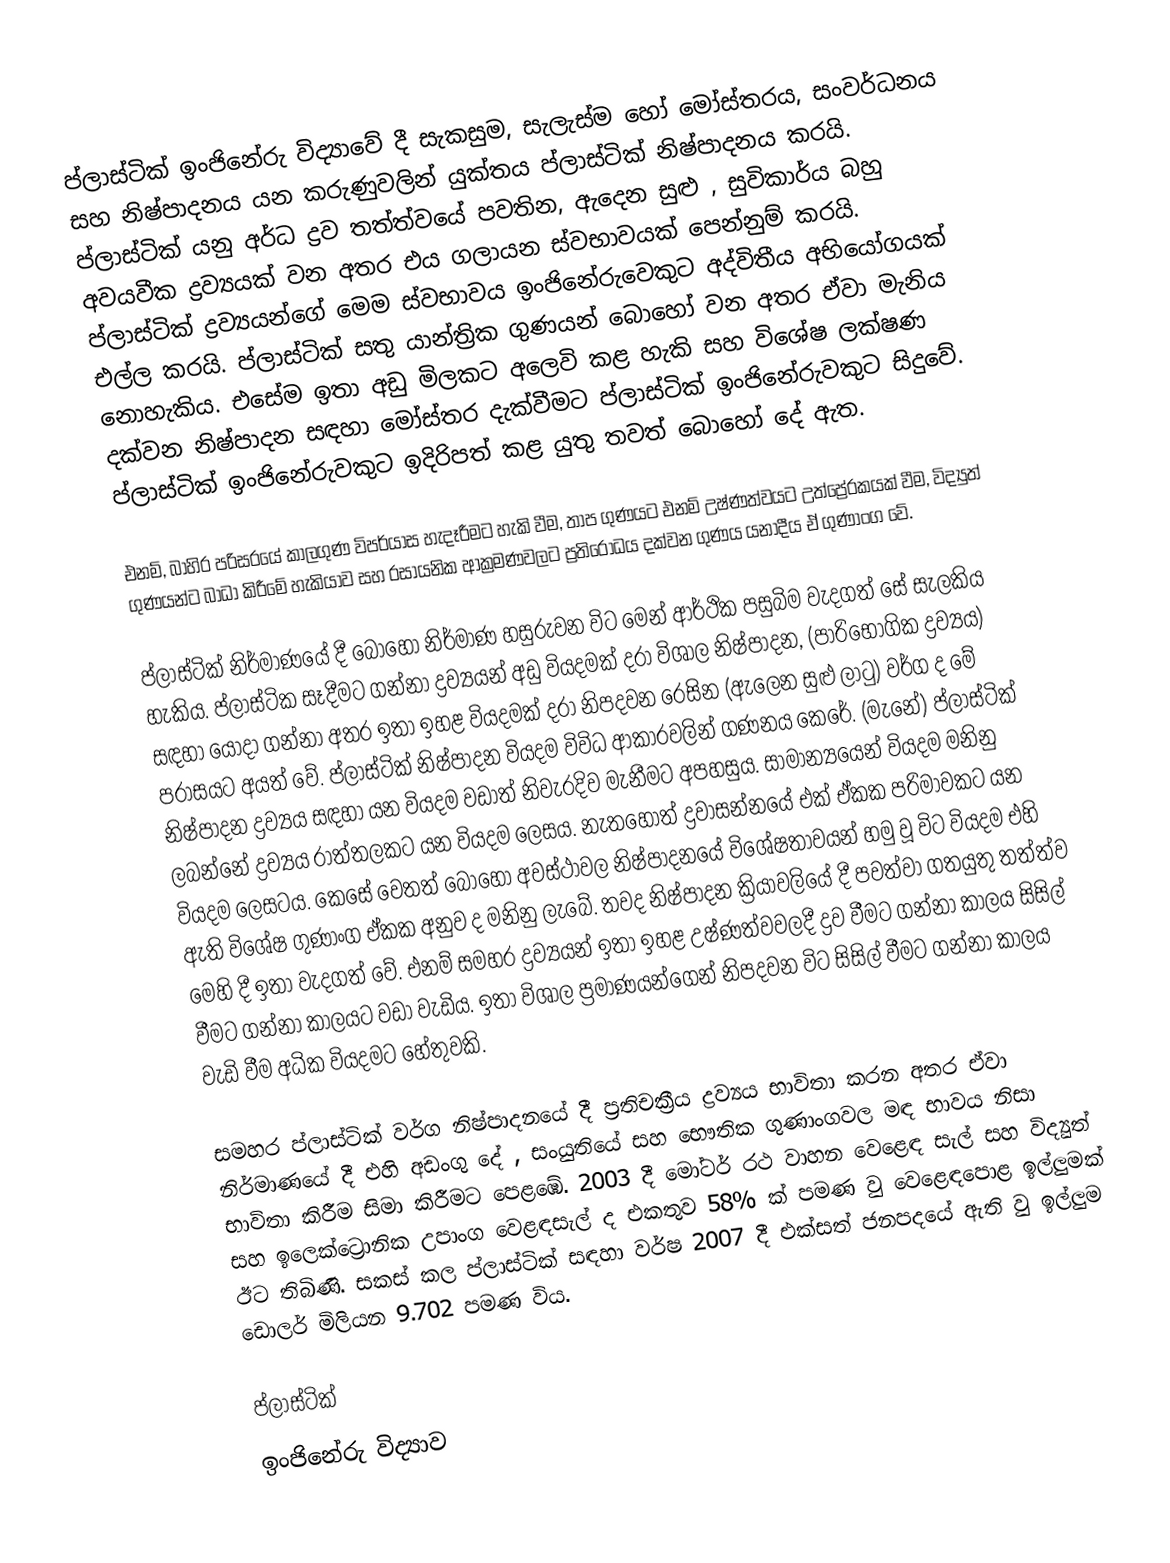
ප්ලාස්ටික් ඉංජිනේරු විද්‍යාවේ දී සැකසුම, සැලැස්ම හෝ මෝස්තරය, සංවර්ධනය සහ නිෂ්පාදනය යන කරුණුවලින් යුක්තය ප්ලාස්ටික් නිෂ්පාදනය කරයි. ප්ලාස්ටික් යනු අර්ධ ද්‍රව තත්ත්වයේ පවතින, ඇදෙන සුළු , සුවිකාර්ය බහු අවයවීක ද්‍රව්‍යයක් වන අතර එය ගලායන ස්වභාවයක් පෙන්නුම් කරයි. ප්ලාස්ටික් ද්‍රව්‍යයන්ගේ මෙම ස්වභාවය ඉංජිනේරුවෙකුට අද්විතීය අභියෝගයක් එල්ල කරයි. ප්ලාස්ටික් සතු යාන්ත්‍රික ගුණයන් බොහෝ වන අතර ඒවා මැනිය නොහැකිය. එසේම ඉතා අඩු මිලකට අලෙවි කළ හැකි සහ විශේෂ ලක්ෂණ දක්වන නිෂ්පාදන සඳහා මෝස්තර දැක්වීමට ප්ලාස්ටික් ඉංජිනේරුවකුට සිදුවේ. ප්ලාස්ටික් ඉංජිනේරුවකුට ඉදිරිපත් කළ යුතු තවත් බොහෝ දේ ඇත.

එනම්, බාහිර පරිසරයේ කාලගුණ විපර්යාස හැදෑරීමට හැකි වීම, තාප ගුණයට එනම් උෂ්ණත්වයට උත්ප්‍රේරකයක් වීම, විද්‍යුත් ගුණයන්ට බාධා කිරීමේ හැකියාව සහ රසායනික ආක්‍රමණවලට ප්‍රතිරෝධය දක්වන ගුණය යනාදීය ඒ ගුණාංග වේ.

ප්ලාස්ටික් නිර්මාණයේ දී බොහෝ නිර්මාණ හසුරුවන විට මෙන් ආර්ථික පසුබිම වැදගත් සේ සැලකිය හැකිය. ප්ලාස්ටික සෑදීමට ගන්නා ද්‍රව්‍යයන් අඩු වියදමක් දරා විශාල නිෂ්පාදන, (පාරිභෝගික ද්‍රව්‍යය) සඳහා යොදා ගන්නා අතර ඉතා ඉහළ වියදමක් දරා නිපදවන රෙසින (ඇලෙන සුළු ලාටු) වර්ග ද මේ පරාසයට අයත් වේ. ප්ලාස්ටික් නිෂ්පාදන වියදම විවිධ ආකාරවලින් ගණනය කෙරේ. (මැනේ) ප්ලාස්ටික් නිෂ්පාදන ද්‍රව්‍යය සඳහා යන වියදම වඩාත් නිවැරදිව මැනීමට අපහසුය. සාමාන්‍යයෙන් වියදම මනිනු ලබන්නේ ද්‍රව්‍යය රාත්තලකට යන වියදම ලෙසය. නැතහොත් ද්‍රවාසන්නයේ එක් ඒකක පරිමාවකට යන වියදම ලෙසටය. කෙසේ වෙතත් බොහෝ අවස්ථාවල නිෂ්පාදනයේ විශේෂතාවයන් හමු වූ විට වියදම එහි ඇති විශේෂ ගුණාංග ඒකක අනුව ද මනිනු ලැබේ. තවද නිෂ්පාදන ක්‍රියාවලියේ දී පවත්වා ගතයුතු තත්ත්ව මෙහි දී ඉතා වැදගත් වේ. එනම් සමහර ද්‍රව්‍යයන් ඉතා ඉහළ උෂ්ණත්වවලදී ද්‍රව වීමට ගන්නා කාලය සිසිල් වීමට ගන්නා කාලයට වඩා වැඩිය. ඉතා විශාල ප්‍රමාණයන්ගෙන් නිපදවන විට සිසිල් වීමට ගන්නා කාලය වැඩි වීම අධික වියදමට හේතුවකි.

සමහර ප්ලාස්ටික් වර්ග නිෂ්පාදනයේ දී ප්‍රතිචක්‍රීය ද්‍රව්‍යය භාවිතා කරන අතර ඒවා නිර්මාණයේ දී එහි අඩංගු දේ , සංයුතියේ සහ භෞතික ගුණාංගවල මඳ භාවය නිසා භාවිතා කිරීම සිමා කිරීමට පෙළඹේ. 2003 දී මෝටර් රථ වාහන වෙළෙඳ සැල් සහ විද්‍යුත් සහ ඉලෙක්ට්‍රොනික උපාංග වෙළඳසැල් ද එකතුව 58% ක් පමණ වු වෙළෙඳපොළ ඉල්ලුමක් ඊට තිබිණි.  සකස් කල ප්ලාස්ටික් සඳහා වර්ෂ 2007 දී එක්සත් ජනපදයේ ඇති වු ඉල්ලුම ඩොලර් මිලියන 9.702 පමණ විය.

ප්ලාස්ටික්
ඉංජිනේරු විද්‍යාව